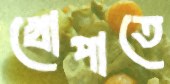
খোপাতে